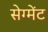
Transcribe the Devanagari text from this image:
सेग्मेंट